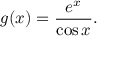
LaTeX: g ( x ) = { \frac { e ^ { x } } { \cos x } } .